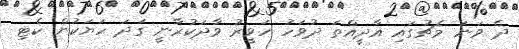
ދެ ވަނަ މެޗުގައި އާދީއްތަ ދުވަހު ހަވީރު ވާދަކުރާނީ ގަދަ ހަޔަކުން ކެޓި